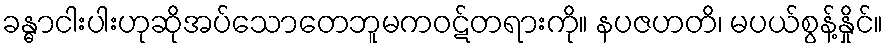
ခန္ဓာငါးပါးဟုဆိုအပ်သောတေဘူမကဝဋ်တရားကို။ နပဇဟတိ၊ မပယ်စွန့်နှိုင်။